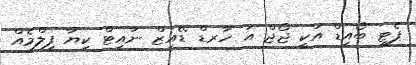
ޕެޓީ ބޯއިޑް އަކީ ޖޯޖް އަ ހާރޑް ޑޭއިޒް ނައިޓް ކިޔާ ފިލްމެއް